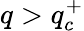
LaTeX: q>q_{c}^{+}